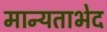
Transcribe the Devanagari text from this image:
मान्यताभेद